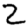
Digit: 2